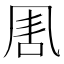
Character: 𠱰